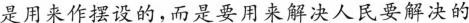
是用来作摆设的，而是要用来解决人民要解决的